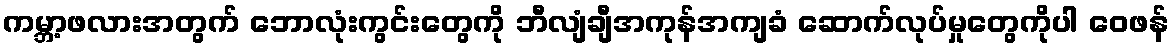
ကမ္ဘာ့ဖလားအတွက် ဘောလုံးကွင်းတွေကို ဘီလျံချီအကုန်အကျခံ ဆောက်လုပ်မှုတွေကိုပါ ဝေဖန်